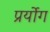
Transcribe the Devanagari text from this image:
प्रर्योग